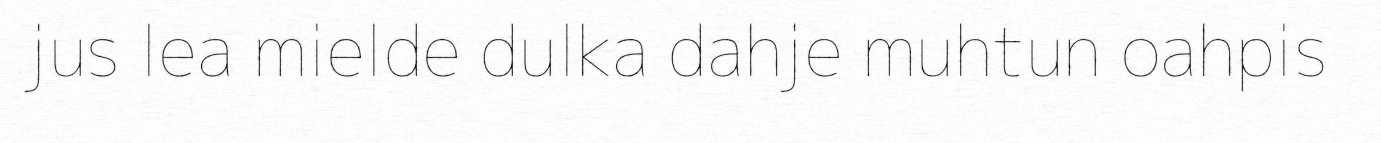
jus lea mielde dulka dahje muhtun oahpis